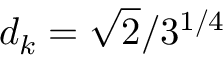
d _ { k } = \sqrt { 2 } / 3 ^ { 1 / 4 }